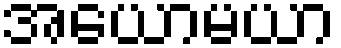
အယောမယာ